Annual report of the Punjab Veterinary College and of the Civil Veterinary Department, Punjab - 1926-1932
Year: 1926
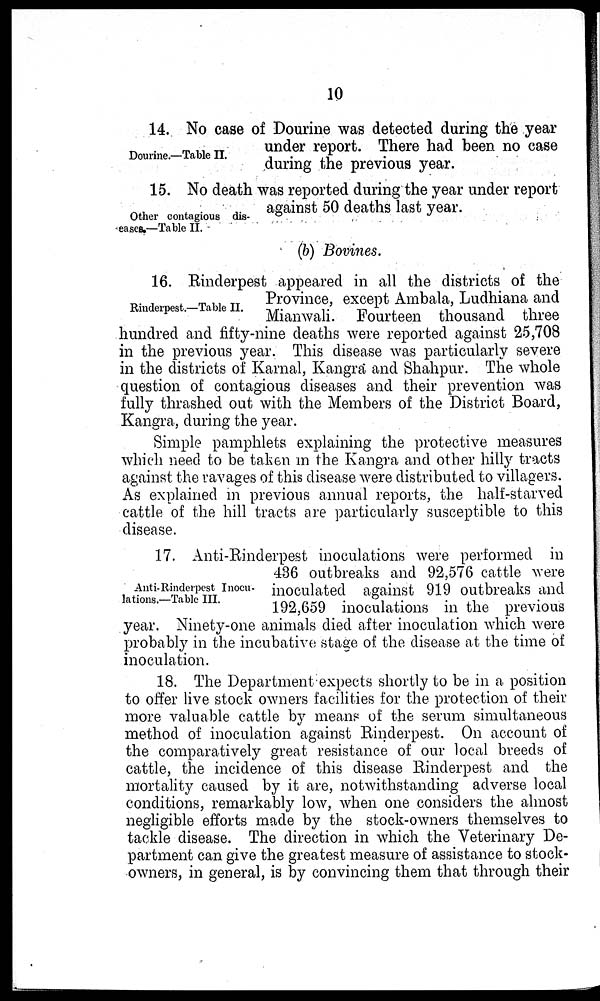
10
Dourine.—Table II.
14. No case of Dourine was detected during the year
under report. There had been no case
during the previous year.
Other contagious dis-
eases.—Table II.
15. No death was reported during the year under report
against 50 deaths last year.
(b) Bovines.
Rinderpest.—Table II.
16. Rinderpest appeared in all the districts of the
Province, except Ambala, Ludhiana and
Mianwali. Fourteen thousand three
hundred and fifty-nine deaths were reported against 25,708
in the previous year. This disease was particularly severe
in the districts of Karnal, Kangra and Shahpur. The whole
question of contagious diseases and their prevention was
fully thrashed out with the Members of the District Board,
Kangra, during the year.
Simple pamphlets explaining the protective measures
which need to be taken in the Kangra and other hilly tracts
against the ravages of this disease were distributed to villagers.
As explained in previous annual reports, the half-starved
cattle of the hill tracts are particularly susceptible to this
disease.
Anti-Rinderpest Inocu-
lations.—Table III.
17. Anti-Rinderpest inoculations were performed in
436 outbreaks and 92,576 cattle were
inoculated against 919 outbreaks and
192,659 inoculations in the previous
year. Ninety-one animals died after inoculation which were
probably in the incubative stage of the disease at the time of
inoculation.
18. The Department expects shortly to be in a position
to offer live stock owners facilities for the protection of their
more valuable cattle by means of the serum simultaneous
method of inoculation against Rinderpest. On account of
the comparatively great resistance of our local breeds of
cattle, the incidence of this disease Rinderpest and the
mortality caused by it are, notwithstanding adverse local
conditions, remarkably low, when one considers the almost
negligible efforts made by the stock-owners themselves to
tackle disease. The direction in which the Veterinary De-
partment can give the greatest measure of assistance to stock-
owners, in general, is by convincing them that through their